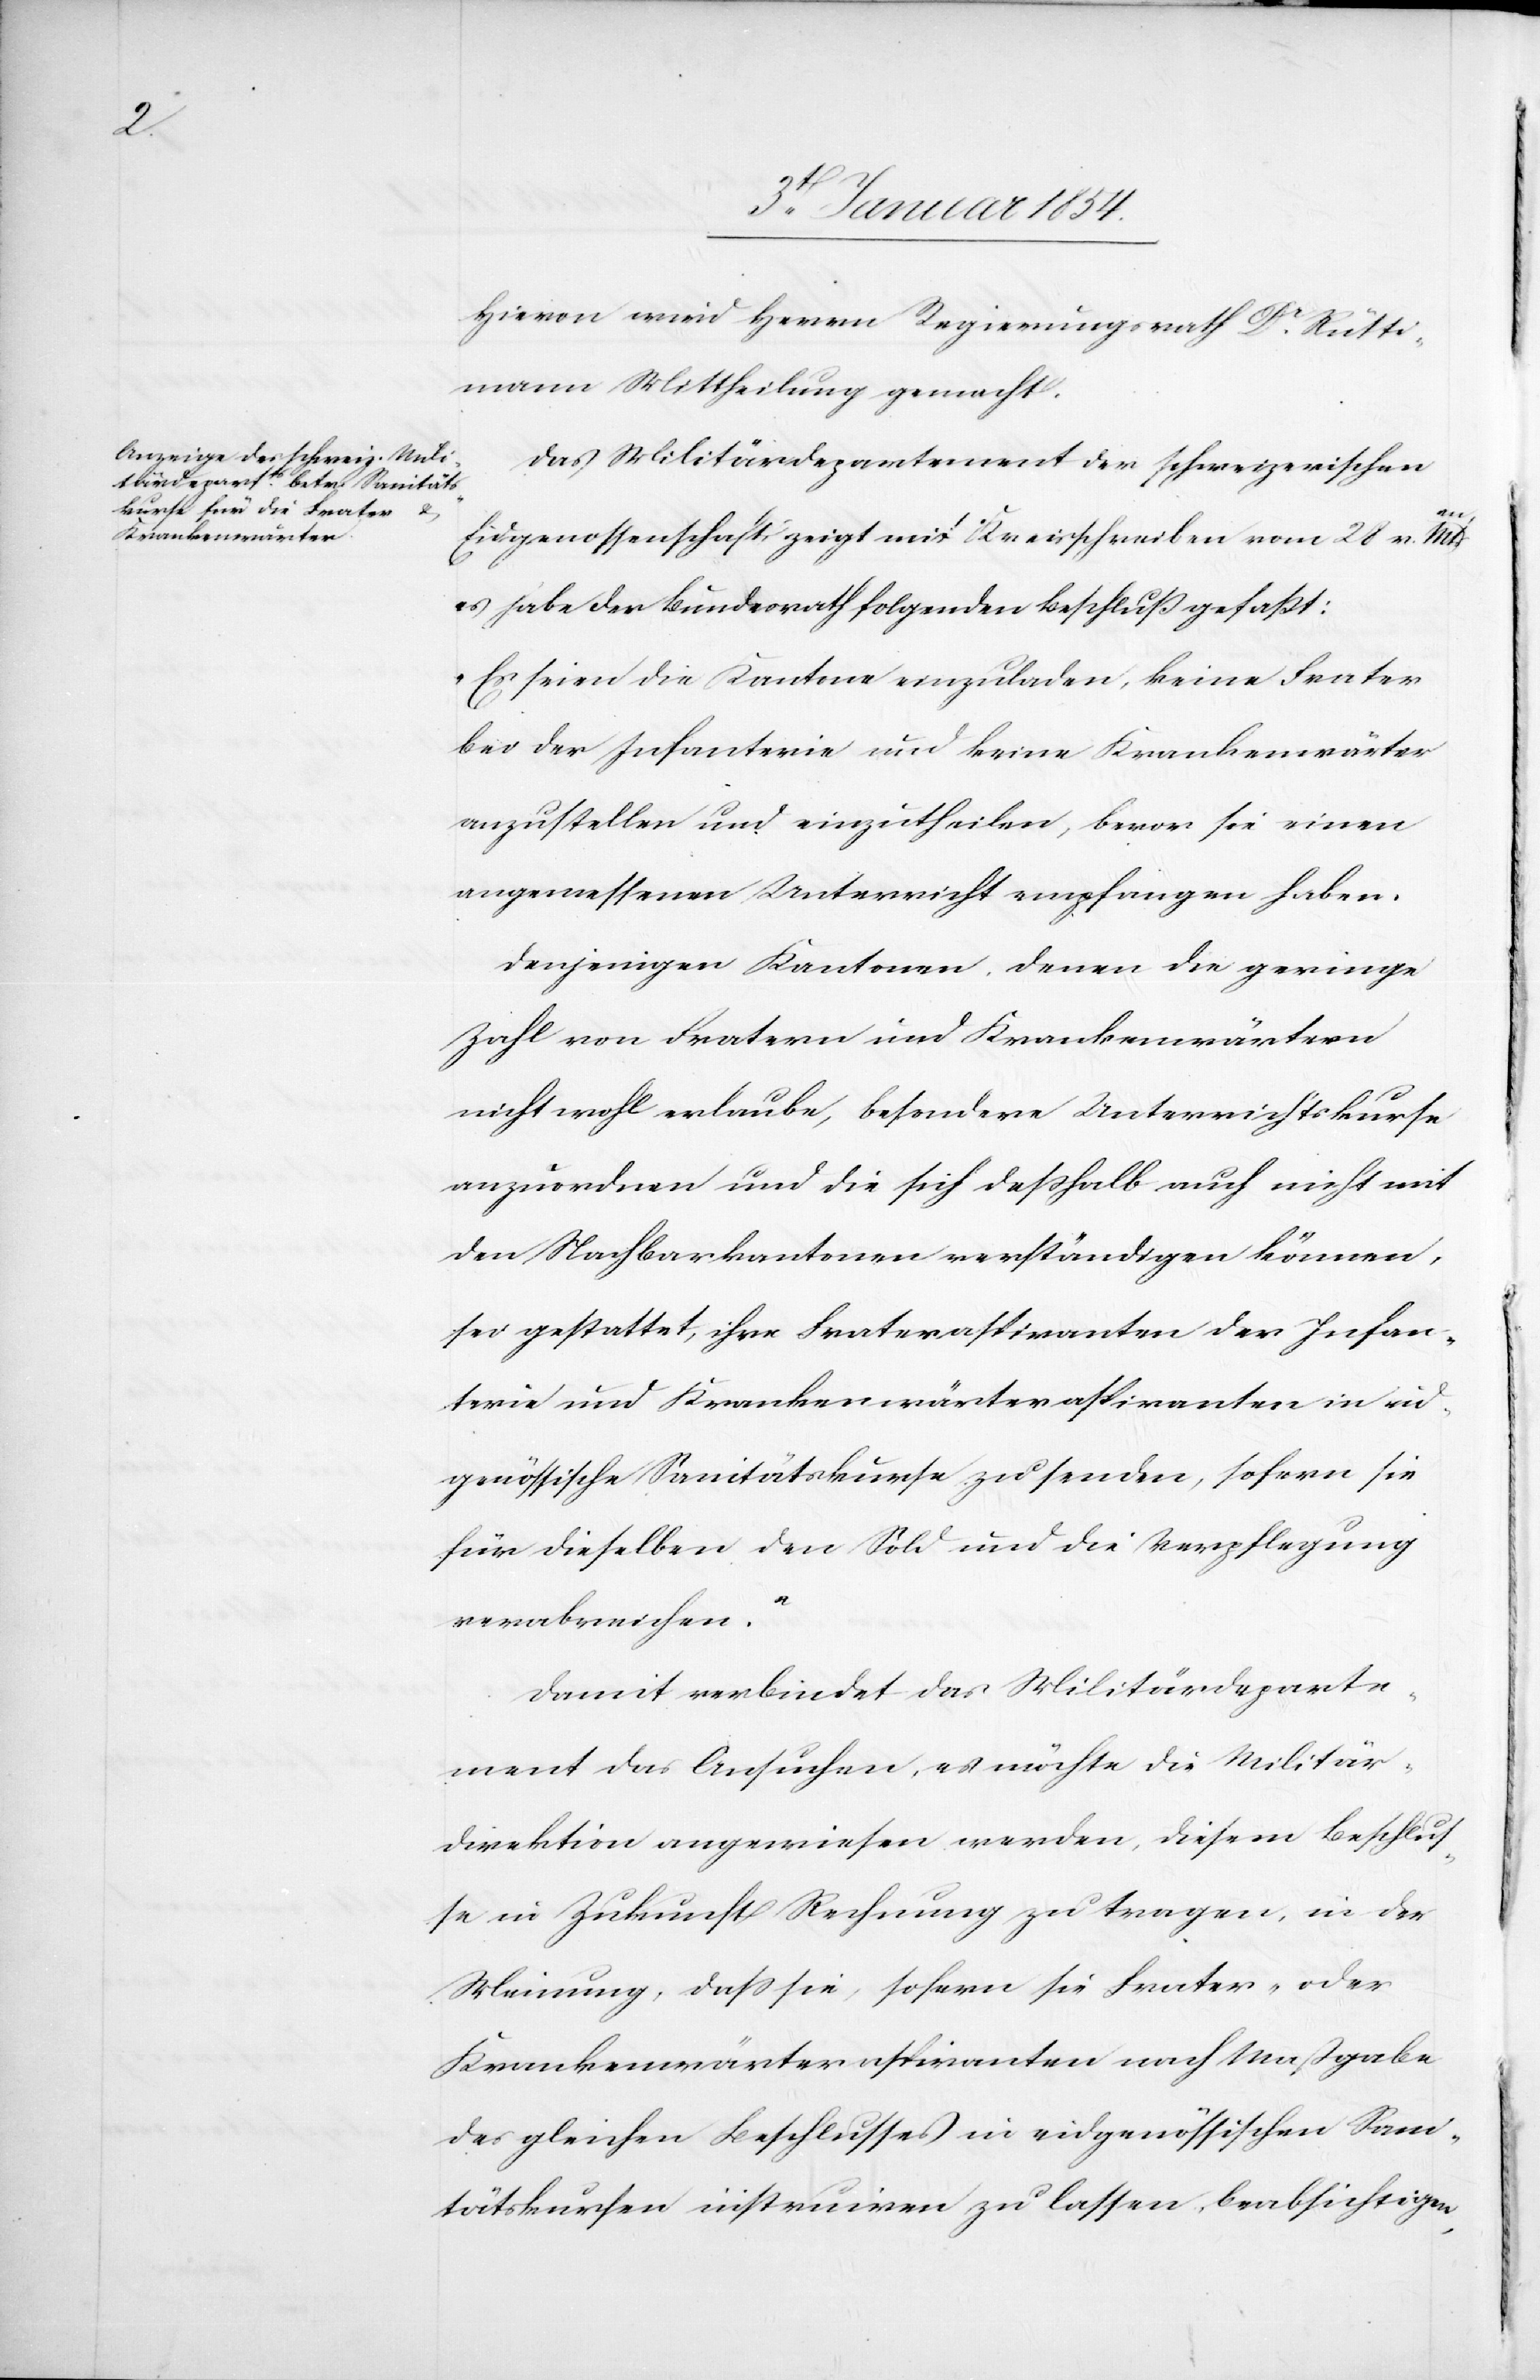
Hievon wird Herrn Regierungsrath Dr. Rütti¬
mann Mittheilung gemacht.
Das Militärdepartement der schweizerischen
Eidgenossenschaft zeigt mit Kreisschreiben vom 28 v. Mts.
es habe der Bundesrath folgenden Beschluß gefaßt:
“Es seien die Kantone einzuladen, keine Frater
bei der Infanterie und keine Krankenwärter
anzustellen und einzutheilen, bevor sie einen
angemessenen Unterricht empfangen haben.
Denjenigen Kantonen, denen die geringe
Zahl von Fratern und Krankenwärtern
nicht wohl erlaube, besondere Unterrichtskurse
anzuordnen und die sich deßhalb auch nicht
den Nachbarkantonen verständigen können,
sei gestattet, ihre Frateraspiranten der Infan¬
terie und Krankenwärteraspiranten in eid¬
genössische Sanitätskurse zu senden, sofern sie
für dieselben den Sold und die Verpflegung
verabreichen.“
Damit verbindet das Militärdeparte¬
ment das Ansuchen, es möchte die Militär¬
direktion angewiesen werden, diesem Beschluß¬
e in Zukunft Rechnung zu tragen, in der
Meinung, daß sie, sofern sie Frater- oder
Krankenwärteraspiranten nach Maßgabe
des gleichen Beschlusses in eidgenössischen Sani¬
tätskursen instruiren zu lassen, beabsichtigen,